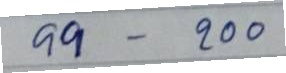
99 - 200